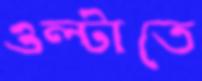
ওল্টাতে